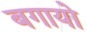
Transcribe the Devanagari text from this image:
बगायो